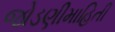
જોડણીમાહિતી